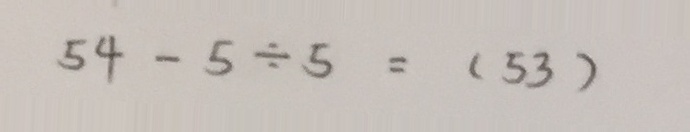
5 4 - 5 \div 5 = ( 5 3 )